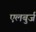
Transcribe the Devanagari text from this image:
एलबुर्ज